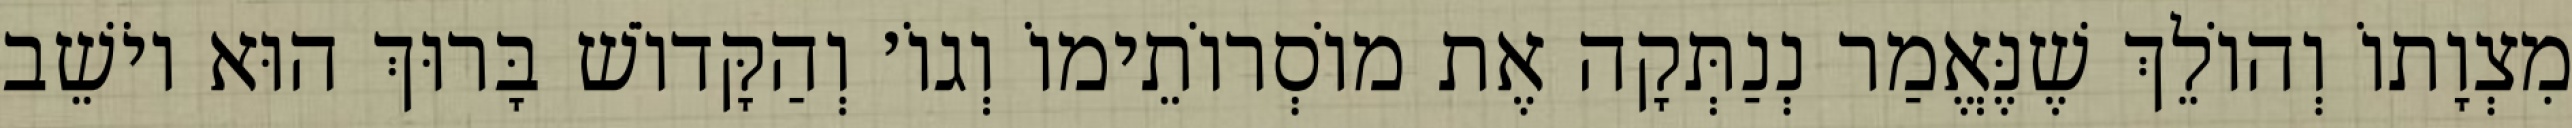
מִצְוָתוֹ וְהוֹלֵךְ שֶׁנֶּאֱמַר נְנַתְּקָה אֶת מוֹסְרוֹתֵימוֹ וְגוֹ׳ וְהַקָּדוֹשׁ בָּרוּךְ הוּא יוֹשֵׁב